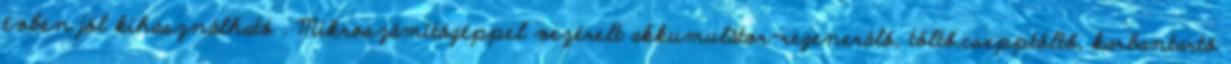
évben jól kihasználható . Mikroszámítógéppel vezérelt akkumulátor-regeneráló, töltő,csepptöltő, karbantartó